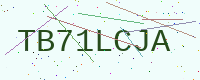
Text: TB71LCJA